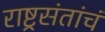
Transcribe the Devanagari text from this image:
राष्ट्रसंतांचं